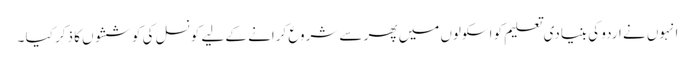
انہوں نے اردو کی بنیادی تعلیم کو اسکولوں میں پھر سے شروع کرانے کے لیے کونسل کی کوششوں کا ذکر کیا ۔